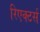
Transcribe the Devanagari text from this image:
रिएक्टर्स